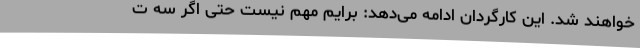
خواهند شد. این کارگردان ادامه می‌دهد: برایم مهم نیست حتی اگر سه ت